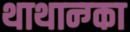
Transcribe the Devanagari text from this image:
थाथान्ग्का